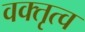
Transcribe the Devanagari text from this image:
वक्‍तृत्‍व